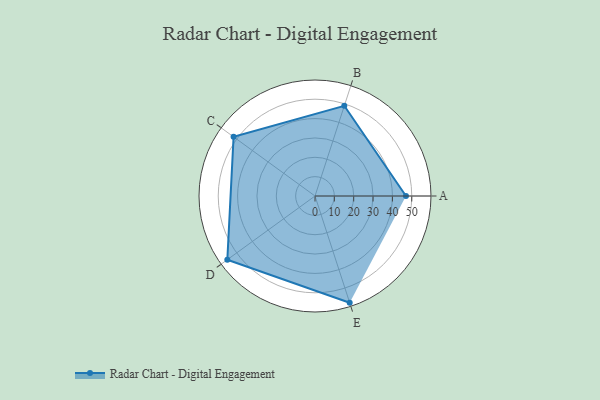
{"axis": {"x": "Skill", "y": "Score"}, "legend": ["Profile"], "data": [{"x": "A", "y": 47.0, "type": "Profile"}, {"x": "B", "y": 49.0, "type": "Profile"}, {"x": "C", "y": 52.0, "type": "Profile"}, {"x": "D", "y": 56.0, "type": "Profile"}, {"x": "E", "y": 58.0, "type": "Profile"}]}